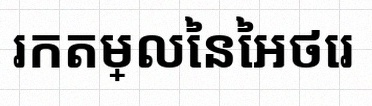
រកតម្លៃនៃអថេរ